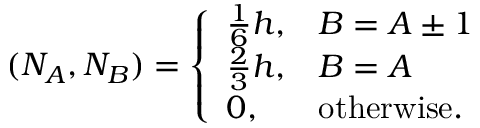
( N _ { A } , N _ { B } ) = \left\{ \begin{array} { l l } { \frac { 1 } { 6 } h , } & { B = A \pm 1 } \\ { \frac { 2 } { 3 } h , } & { B = A } \\ { 0 , } & { \mathrm { o t h e r w i s e } . } \end{array} \right.